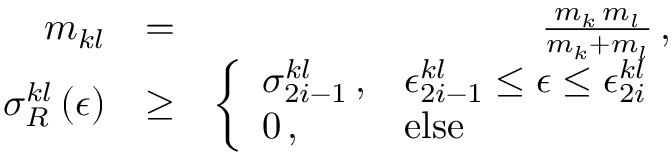
\begin{array} { r l r } { m _ { k l } } & { = } & { \frac { m _ { k } \, m _ { l } } { m _ { k } + m _ { l } } \, , } \\ { \sigma _ { R } ^ { k l } \left( \epsilon \right) } & { \ge } & { \left\{ \begin{array} { l l } { \sigma _ { 2 i - 1 } ^ { k l } \, , } & { \epsilon _ { 2 i - 1 } ^ { k l } \le \epsilon \le \epsilon _ { 2 i } ^ { k l } } \\ { 0 \, , } & { \mathrm { e l s e } } \end{array} \right. } \end{array}